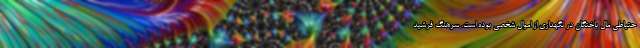
حتیاطی مال باختگان در نگهداری از اموال شخصی بوده است. سرهنگ فرشید